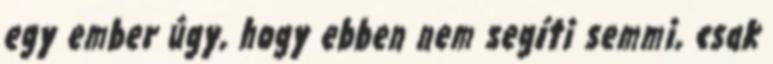
egy ember úgy, hogy ebben nem segíti semmi, csak